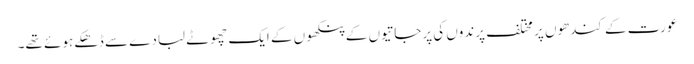
عورت کے کندھوں پر مختلف پرندوں کی پرجاتیوں کے پنکھوں کے ایک چھوٹے لبادے سے ڈھکے ہوئے تھے۔